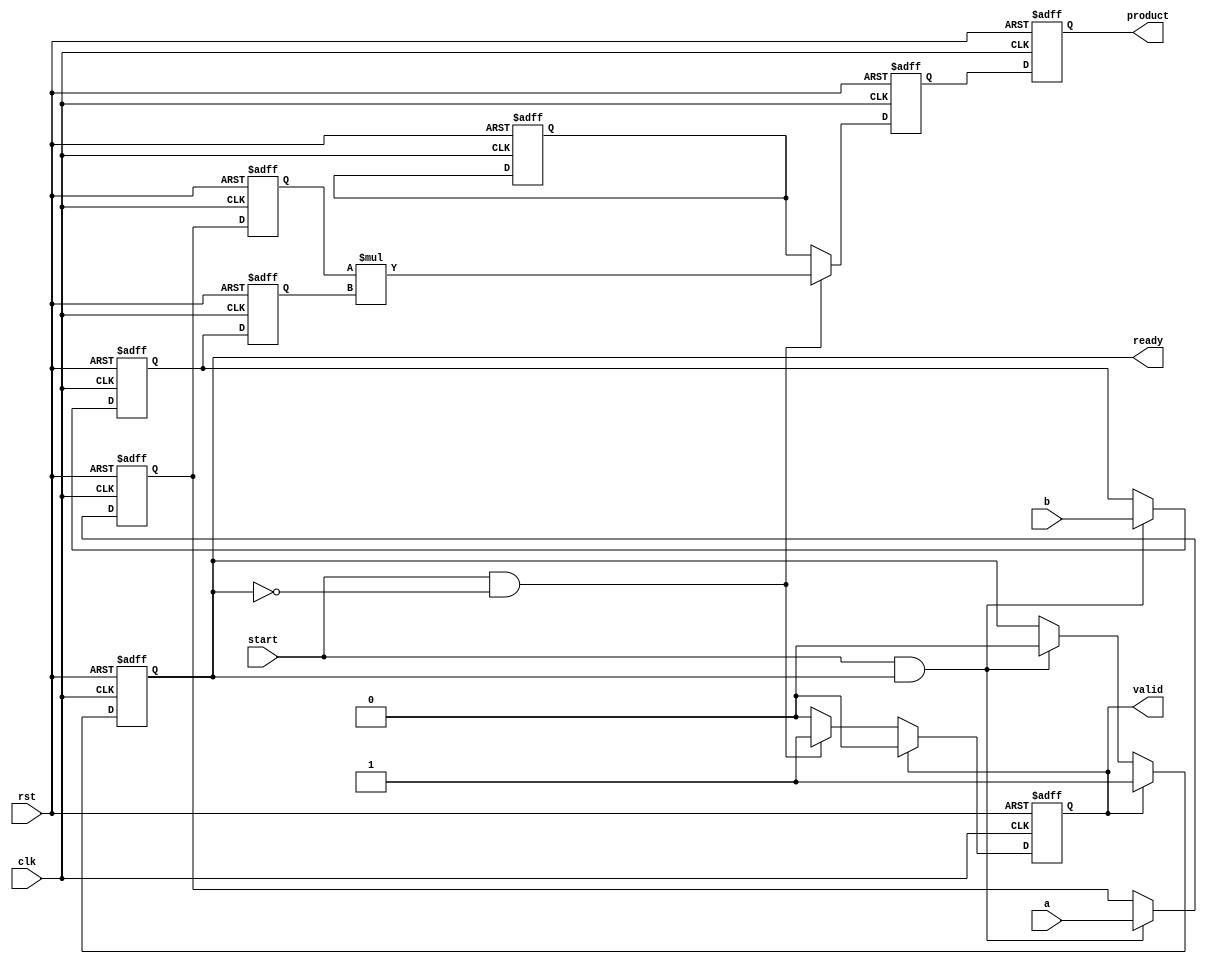
module streaming_multiplier #(
    parameter DATA_WIDTH = 16,  // Configurable data width
    parameter PIPELINE_DEPTH = 2 // Number of pipeline stages
)(
    input wire clk,
    input wire rst,
    input wire start,              // Start signal for multiplication
    input wire [DATA_WIDTH-1:0] a, // First multiplicand input stream
    input wire [DATA_WIDTH-1:0] b, // Second multiplicand input stream
    output reg [2*DATA_WIDTH-1:0] product, // Product output
    output reg valid,             // Output valid signal
    output reg ready              // Ready signal for new inputs
);

    // Internal signals for pipelined stages
    reg [DATA_WIDTH-1:0] a_pipeline [0:PIPELINE_DEPTH-1];
    reg [DATA_WIDTH-1:0] b_pipeline [0:PIPELINE_DEPTH-1];
    reg [2*DATA_WIDTH-1:0] product_pipeline [0:PIPELINE_DEPTH-1];

    integer i;

    // Control Logic
    always @(posedge clk or posedge rst) begin
        if (rst) begin
            // Reset all signals
            valid <= 1'b0;
            ready <= 1'b1;
            product <= 0;
            for (i = 0; i < PIPELINE_DEPTH; i = i + 1) begin
                a_pipeline[i] <= 0;
                b_pipeline[i] <= 0;
                product_pipeline[i] <= 0;
            end
        end else begin
            if (start && ready) begin
                // Load inputs into the pipeline
                a_pipeline[0] <= a;
                b_pipeline[0] <= b;
                ready <= 1'b0; // Not ready for new input until processed
            end

            // Propagate through the pipeline
            for (i = 1; i < PIPELINE_DEPTH; i = i + 1) begin
                a_pipeline[i] <= a_pipeline[i-1];
                b_pipeline[i] <= b_pipeline[i-1];
                product_pipeline[i] <= product_pipeline[i-1];
            end

            // Perform multiplication at the last stage
            if (start && !ready) begin
                product_pipeline[PIPELINE_DEPTH-1] <= a_pipeline[PIPELINE_DEPTH-1] * b_pipeline[PIPELINE_DEPTH-1];
                valid <= 1'b1; // Set valid signal when product is ready
            end

            // Output the final product
            product <= product_pipeline[PIPELINE_DEPTH-1];

            // Manage ready and valid signals
            if (valid) begin
                ready <= 1'b1; // Signal that new inputs can be accepted
                valid <= 1'b0; // Clear valid signal after output is read
            end
        end
    end

endmodule